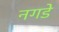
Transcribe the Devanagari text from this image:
नगडे